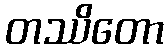
တဿိတော